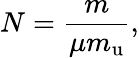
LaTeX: N={\frac{m}{\mu m_{\mathrm{u}}}},